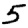
Digit: 5